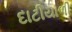
દાટીયાળી